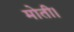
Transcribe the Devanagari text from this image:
मोती।